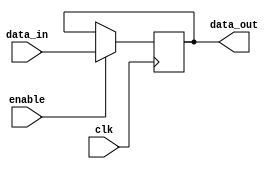
module Timing_Control_Synchronization (
    input wire data_in,
    input wire clk,
    input wire enable,
    output reg data_out
);
    
reg delayed_data;

always @ (posedge clk) begin
    if (enable) begin
        delayed_data <= data_in;
    end
end

assign data_out = delayed_data;

endmodule